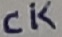
Text: CK